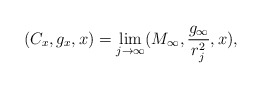
\begin{align*}(C_x, g_x, x)=\lim_{j\rightarrow \infty}(M_\infty,\frac{g_\infty}{r_j^2},x),\end{align*}